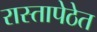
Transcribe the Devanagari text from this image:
रास्तापेठेत